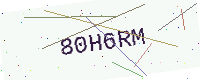
Text: 80H6RM